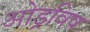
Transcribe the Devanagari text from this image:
ओड्रविष